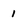
Character: 1